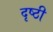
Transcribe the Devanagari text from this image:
दृष्ठी